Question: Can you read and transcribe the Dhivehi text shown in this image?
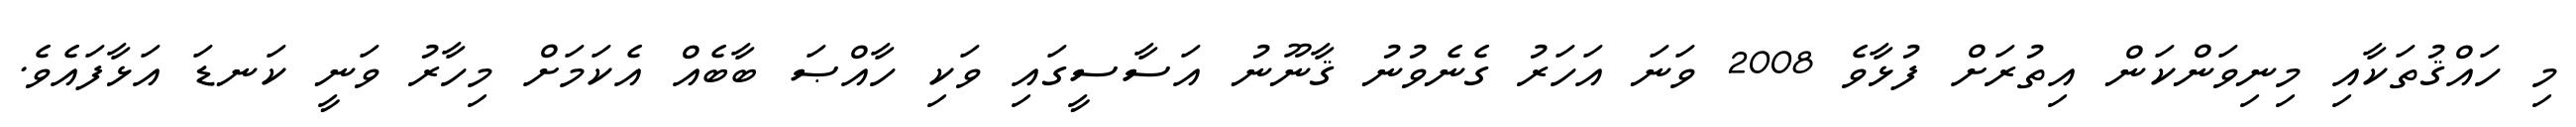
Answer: މި ހައްޤުތަކާއި މިނިވަންކަން އިތުރަށް ފުޅާވެ 2008 ވަނަ އަހަރު ގެނެވުނު ޤާނޫނު އަސާސީގައި ވަކި ހާއްޞަ ބާބެއް އެކަމަށް މިހާރު ވަނީ ކަނޑަ އަޅާފައެވެ.